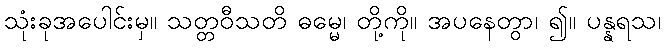
သုံးခုအပေါင်းမှ။ သတ္တဝီသတိ ဓမ္မေ၊ တို့ကို။ အပနေတွာ၊ ၍။ ပန္နရသ၊